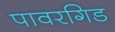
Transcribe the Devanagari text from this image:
पावरगिड